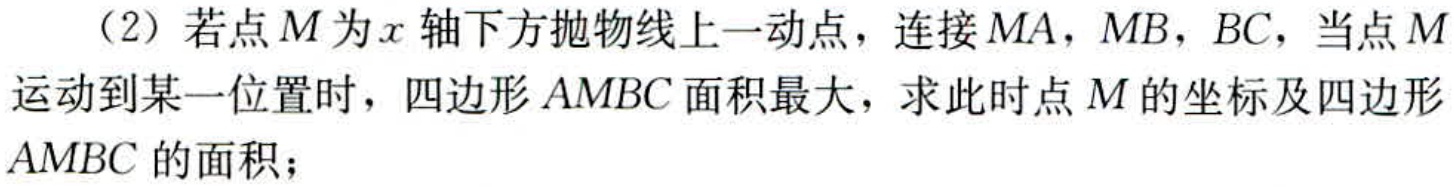
（2）若点\(M\)为\(x\)轴下方抛物线上一动点，连接\(MA\)，\(MB\)，\(BC\)，当点\(M\)运动到某一位置时，四边形\(AMBC\)面积最大，求此时点\(M\)的坐标及四边形\(AMBC\)的面积；